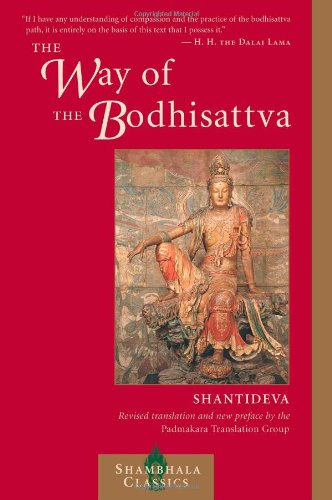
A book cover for The Way of the Bodhisattva: (Bodhicaryavatara), Revised Edition (Shambhala Classics); Shantideva; Religion & Spirituality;